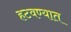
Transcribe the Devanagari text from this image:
हटवण्यात